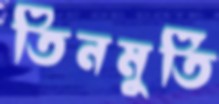
তিনমুর্তি